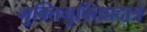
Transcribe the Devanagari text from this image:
भुक्तिमुक्तिप्रदात्रे